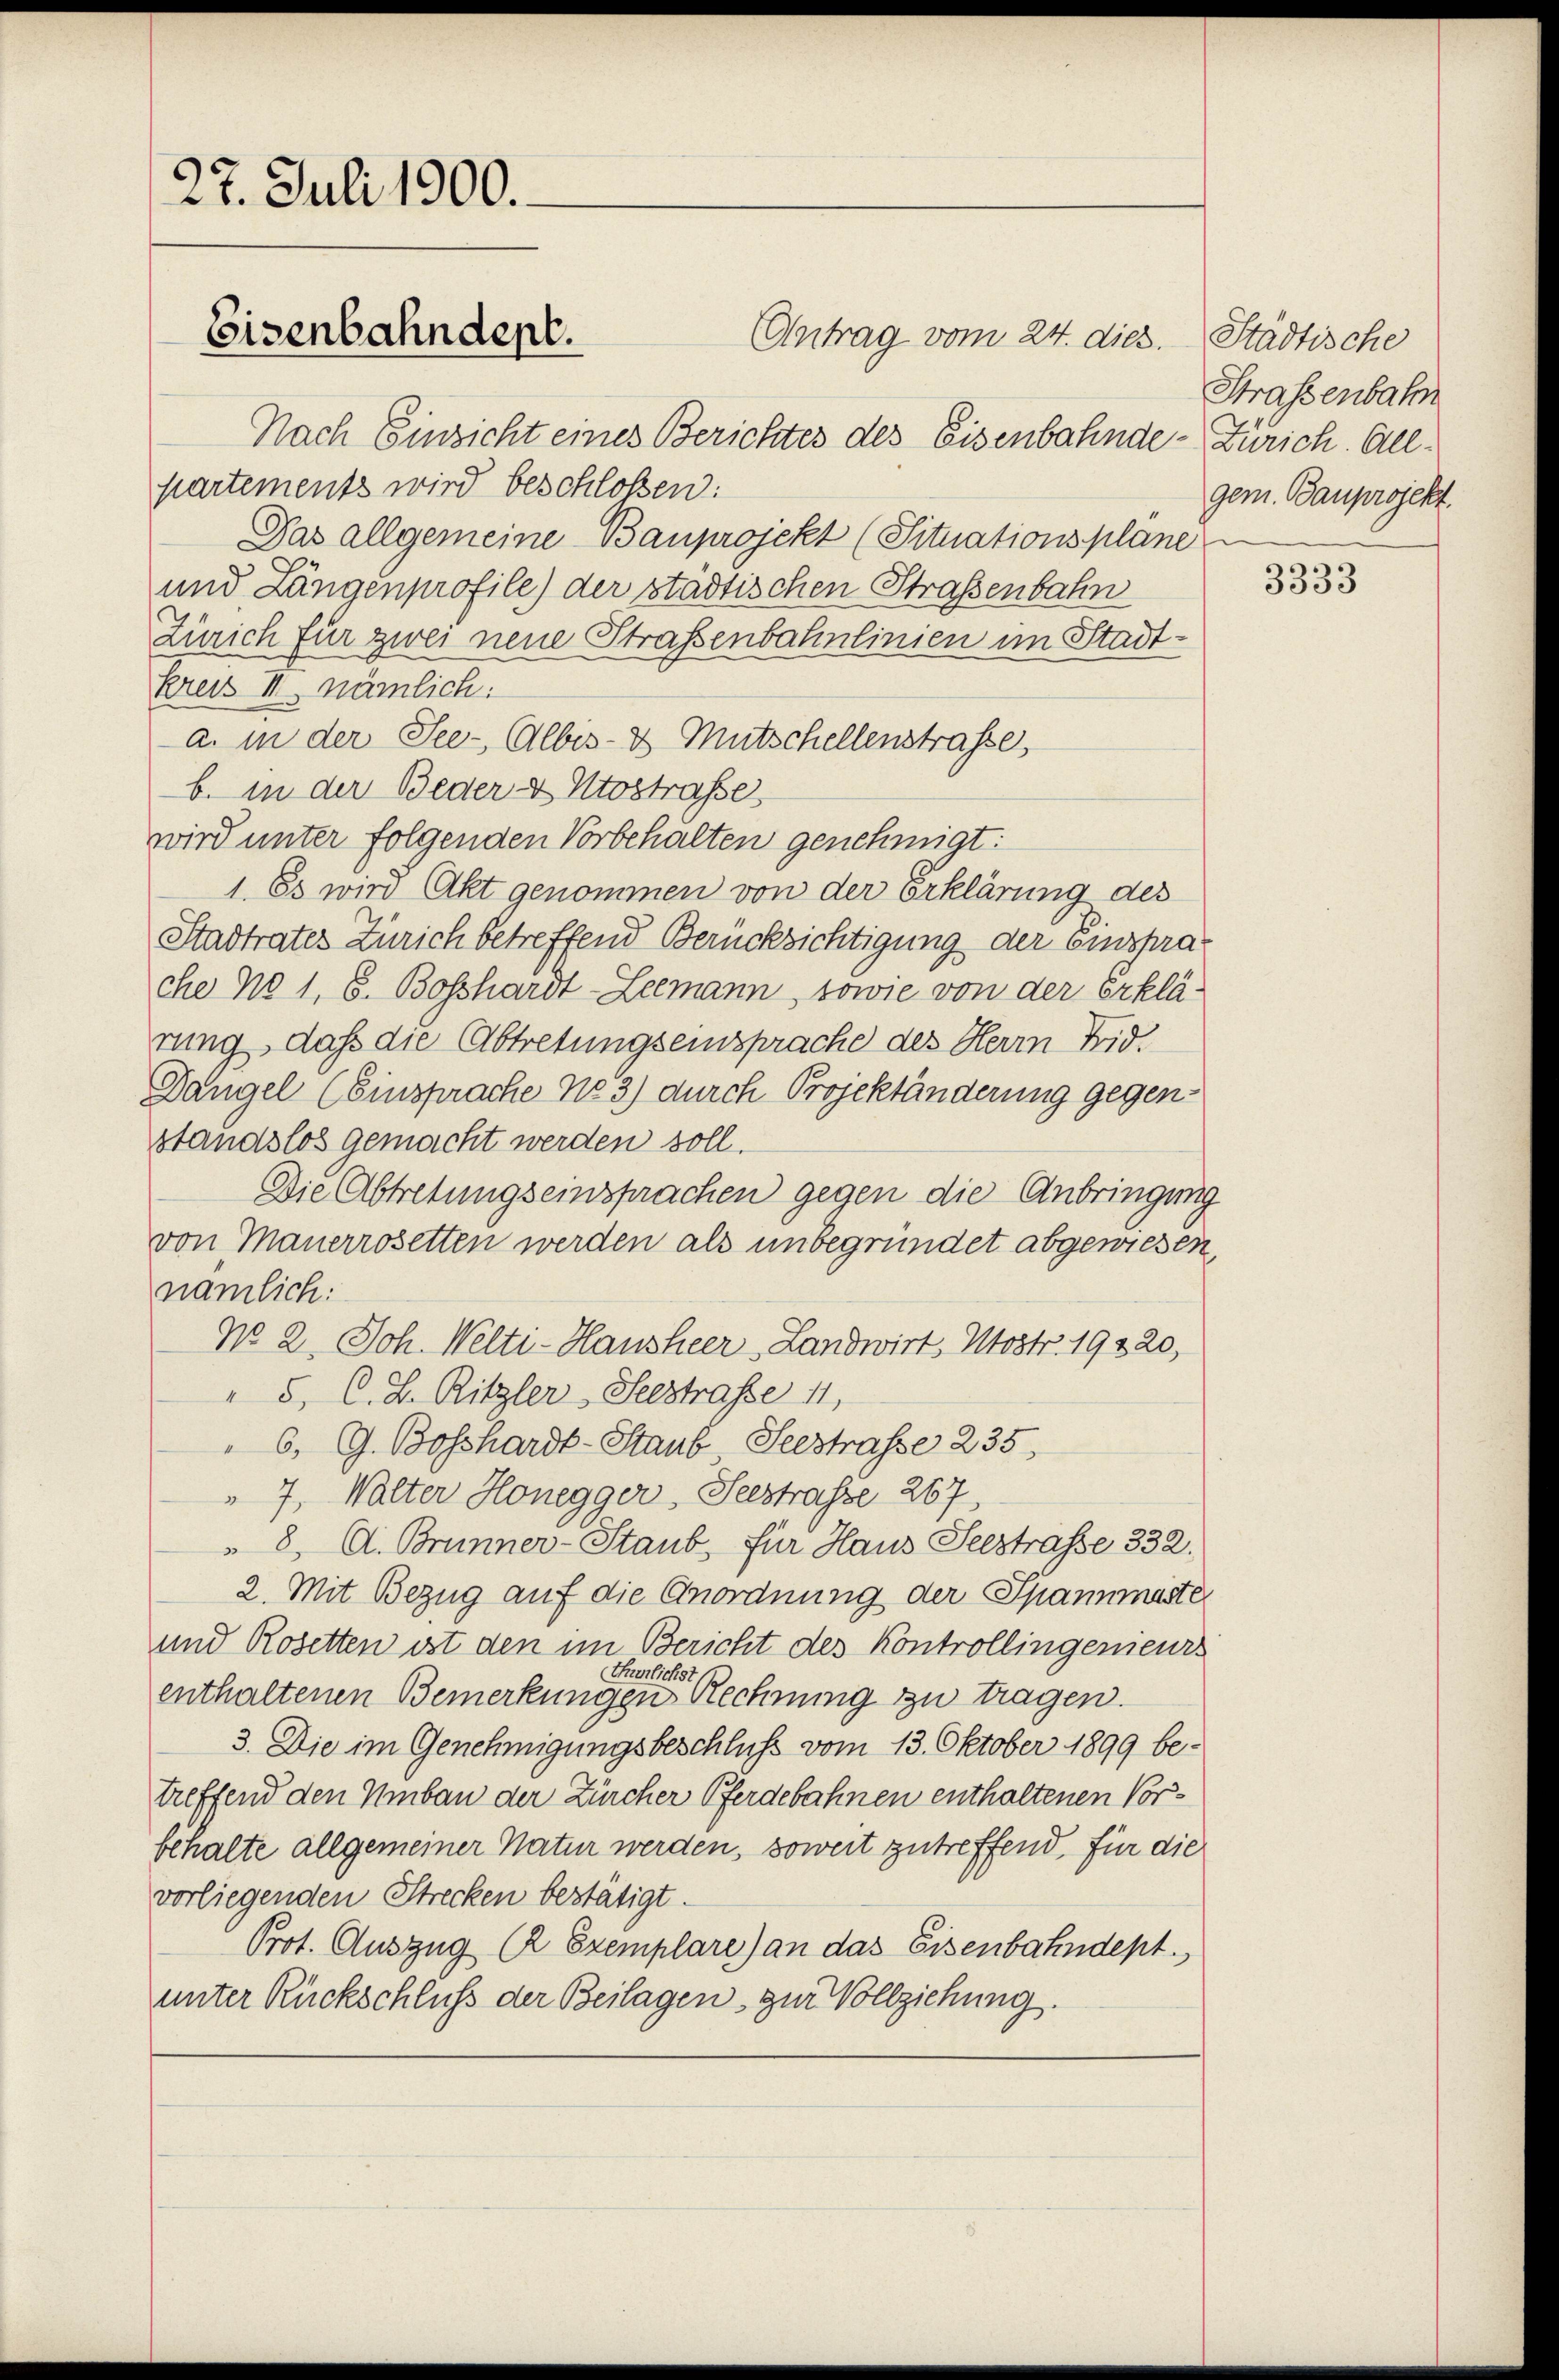
27. Juli 1900.

Antrag vom 24. dies. Städtische
Nach Einsicht eines Berichtes des Eisenbahnde- Zürich. Allpartements wird beschloßen:
Das allgemeine Bauprojekt (Situationsplane
und Längenprofile) der städtischen Straßenbahn
Zürich für zwei neue Straßenbahnlinien im Stadtkreis III nämlich:
a. in der See-Albis- & Mutschellenstrasse,
b. in der Beder & Utostrasse
wird unter folgenden Vorbehalten genehmigt:
1. Es wird Akt genommen von der Erklärung des
Stadtrates Zürich betreffend Berücksichtigung der Einsprache No 1, S. Bosshardt-Leemann, sowie von der Erklä-
rung, daß die Abtretungseinsprache des Herrn Frid.
Dangel (Einsprache No 3) durch Projektänderung gegenstandslos gemacht werden soll.
Die Abtretungseinsprachen gegen die Anbringung
von Mauerrosetten werden als unbegründet abgewiesen,
nämlich:
No 2. Joh. Welti-Hausheer, Landwirt, Mostr. 19220,
" 5. C. B. Ritzler, Seestraße 11,
6. G. Bosshardt-Staub, Seestrasse 235.
7, Walter Honegger, Seestrasse 267,
 8. A. Brunner-Staub, für Haus Seestrasse 332.
2. Mit Bezug auf die Anordnung der Spannmaste
und Rosetten ist den im Bericht des Kontrollingemeur
Hürlichst
enthaltenen Bemerkungen Rechnung zu tragen.
3. Die im Genehmigungsbeschluß vom 13. Oktober 1899 be-
treffend den Umbau der Zürcher Pferdebahnen enthaltenen Vorbehalte allgemeiner Natur werden, soweit zutreffend, für die
vorliegenden Strecken bestätigt.
Prot. Auszug R. Exemplare) an das Eisenbahndept.
unter Rückschluß der Beilagen, zur Vollziehung.

Eisenbahndept.

Straßenbahn
gem. Bauprojekt.

3333